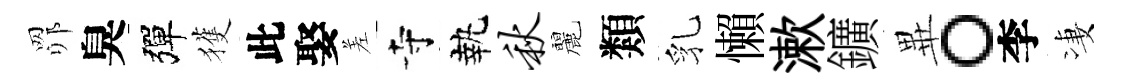
𦊑臭彈獲此娶差寺執秋麗類乳懶漱鑛𭺾。李凄